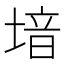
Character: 堷